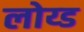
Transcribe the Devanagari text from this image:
लोय्ड